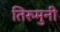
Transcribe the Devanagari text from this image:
तिरुमुनी